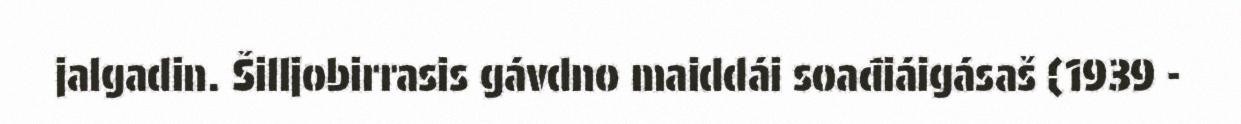
jalgadin. Šilljobirrasis gávdno maiddái soađiáigásaš (1939 -